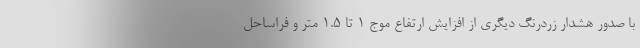
با صدور هشدار زردرنگ دیگری از افزایش ارتفاع موج ۱ تا ۱.۵ متر و فراساحل